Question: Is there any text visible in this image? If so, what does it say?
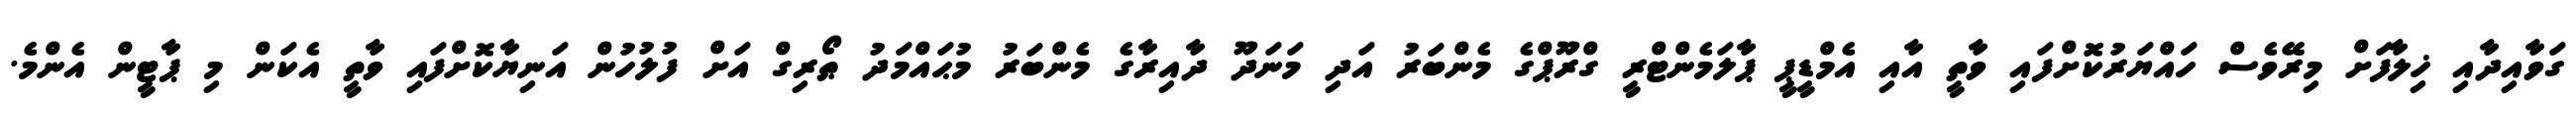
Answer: ގަވާއިދާއި ޚިލާފަށް މިރޭވެސް ހައްޔަރުކޮށްފައި ވާތީ އާއި އެމްޑީޕީ ޕާލަމެންޓްރީ ގްރޫޕްގެ މެންބަރު އަދި މަނަދޫ ދާއިރާގެ މެންބަރު މުޙައްމަދު ޠޯރިގް އަށް ފުލުހުން އަނިޔާކޮށްފައި ވާތީ އެކަން މި ޕާޓީން އެންމެ.